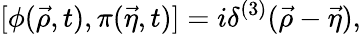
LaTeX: [\phi({\vec{\rho}},t),\pi({\vec{\eta}},t)]=i\delta^{(3)}({\vec{\rho}}-{\vec{\eta}}),